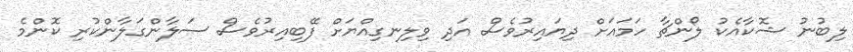
ލިބުނު ޝޮކާއެކު ލޯންޗާ ހަމައަށް ދިޔައިރުވެސް އަދި ވިލިނގިއްޔަށް ފޭބިއިރުވެސް ސަލާންގަލާންކުރި ކޮންމެ